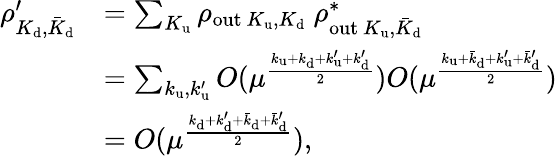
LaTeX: \begin{array}{rl}{\rho_{K_{\mathrm{d}},\bar{K}_{\mathrm{d}}}^{\prime}}&{=\sum_{K_{\mathrm{u}}}\rho_{\mathrm{out}~K_{\mathrm{u}},K_{\mathrm{d}}}~\rho_{\mathrm{out}~K_{\mathrm{u}},\bar{K}_{\mathrm{d}}}^{*}}\\ &{=\sum_{k_{\mathrm{u}},k_{\mathrm{u}}^{\prime}}O(\mu^{\frac{k_{\mathrm{u}}+k_{\mathrm{d}}+k_{\mathrm{u}}^{\prime}+k_{\mathrm{d}}^{\prime}}{2}})O(\mu^{\frac{k_{\mathrm{u}}+\bar{k}_{\mathrm{d}}+k_{\mathrm{u}}^{\prime}+\bar{k}_{\mathrm{d}}^{\prime}}{2}})}\\ &{=O(\mu^{\frac{k_{\mathrm{d}}+k_{\mathrm{d}}^{\prime}+\bar{k}_{\mathrm{d}}+\bar{k}_{\mathrm{d}}^{\prime}}{2}}),}\end{array}